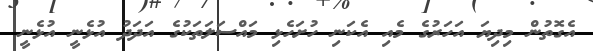
އެގޮތުން މިދިޔަ އަހަރުގެ މެއި އެކަނި ހުށަހެޅި މައްސަލަތަކުގެ އަދަދު އުޅެނީ އުޅެނީ